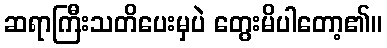
ဆရာကြီးသတိပေးမှပဲ တွေးမိပါတော့၏။